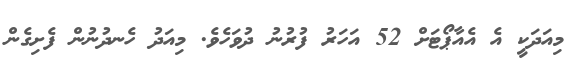
މިއަދަކީ އެ އެއާޕޯޓަށް 52 އަހަރު ފުރުނު ދުވަހެވެ. މިއަދު ހެނދުނުން ފެށިގެން